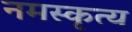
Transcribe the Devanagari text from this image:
नमस्कृत्य